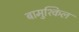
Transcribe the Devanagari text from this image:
बामुश्किल